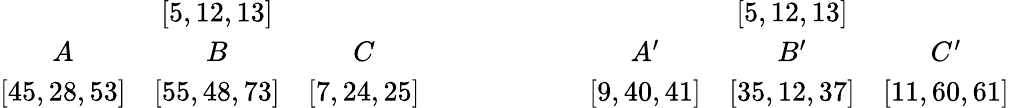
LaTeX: {\begin{array}{ccc}&{\left[5,12,13\right]}&\\ {A}&{B}&{C}\\ {\left[45,28,53\right]}&{\left[55,48,73\right]}&{\left[7,24,25\right]}\end{array}}\quad\quad\quad\quad\quad\quad{\begin{array}{ccc}{}&{\left[5,12,13\right]}&{}\\ {A^{\prime}}&{B^{\prime}}&{C^{\prime}}\\ {\left[9,40,41\right]}&{\left[35,12,37\right]}&{\left[11,60,61\right]}\end{array}}